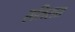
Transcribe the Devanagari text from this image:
एलिसस